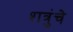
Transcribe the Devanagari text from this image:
शत्रुंचे